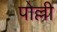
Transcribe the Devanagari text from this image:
पोल्ली